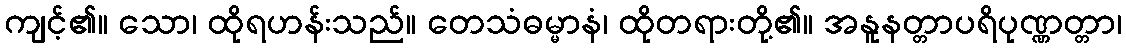
ကျင့်၏။ သော၊ ထိုရဟန်းသည်။ တေသံဓမ္မာနံ၊ ထိုတရားတို့၏။ အနူနတ္တာပရိပုဏ္ဏတ္တာ၊